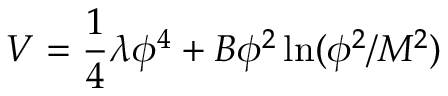
V = { \frac { 1 } { 4 } } \lambda \phi ^ { 4 } + B \phi ^ { 2 } \ln ( \phi ^ { 2 } / M ^ { 2 } )